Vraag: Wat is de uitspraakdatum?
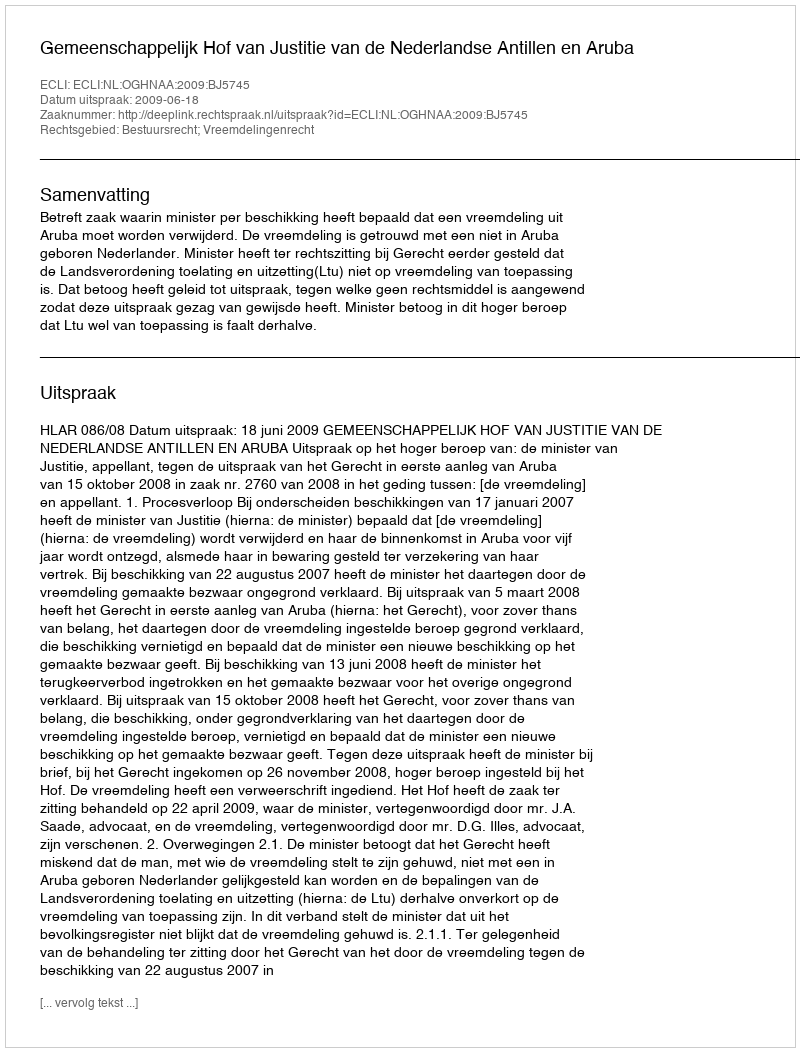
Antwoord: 2009-06-18